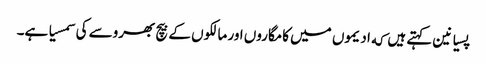
پسیانین کہتے ہیں که ادیموں میں کامگاروں اور مالکوں کے بیچ بھروسے کی سمسیا ہے۔